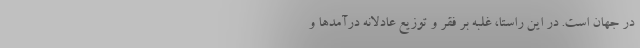
در جهان است. در این راستا، غلبه بر فقر و توزیع عادلانه درآمدها و